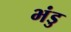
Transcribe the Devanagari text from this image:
भंडु